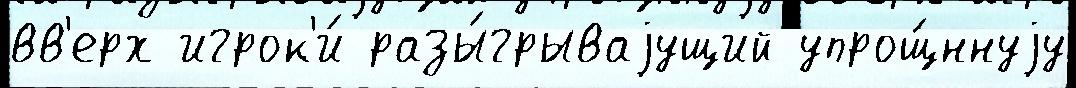
вв'ерх игрок'и́ разы́грываjущий упрощ́ннуjу